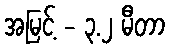
အမြင့် - ၃.၂ မီတာ